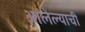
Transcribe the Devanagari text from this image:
आलेल्याची